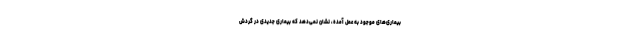
بیماری‌های موجود به عمل آمده، نشان نمی‌دهد که بیماری جدیدی در گردش